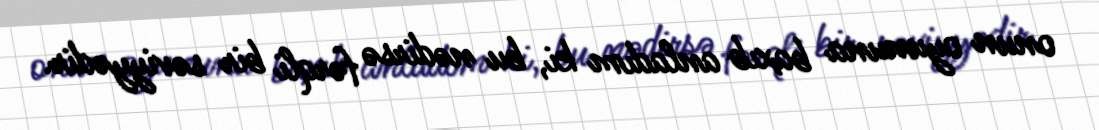
onun oyununa baxıb anladım ki, bu nədirsə fərqli bir səviyyədir.